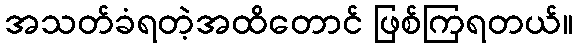
အသတ်ခံရတဲ့အထိတောင် ဖြစ်ကြရတယ်။